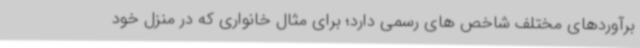
برآوردهای مختلف شاخص های رسمی دارد؛ برای مثال خانواری که در منزل خود